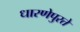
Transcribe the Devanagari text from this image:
धारणेपुरते